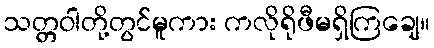
သတ္တဝါတို့တွင်မူကား ကလိုရိုဖီမရှိကြချေ။